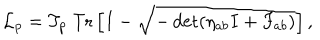
LaTeX: { \cal L } _ { p } = T _ { p } ~ \mathrm { T r } \left[ I - \sqrt { - \det ( \eta _ { a b } I + F _ { a b } ) } \right] ,